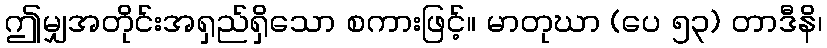
ဤမျှအတိုင်းအရှည်ရှိသော စကားဖြင့်။ မာတုဃာ (ပေ ၅၃) တာဒီနိ၊